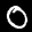
Label: 0